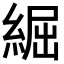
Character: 𦁐